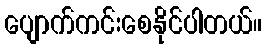
ပျောက်ကင်းစေနိုင်ပါတယ်။